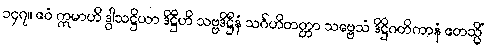
၁၄၇။ ဧဝံ ဣမာဟိ ဒွါသဋ္ဌိယာ ဒိဋ္ဌီဟိ သဗ္ဗဒိဋ္ဌီနံ သင်္ဂဟိတတ္တာ သဗ္ဗေသံ ဒိဋ္ဌိဂတိကာနံ ဧတသ္မိံ